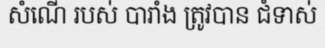
សំណើ របស់ បារាំង ត្រូវបាន ជំទាស់